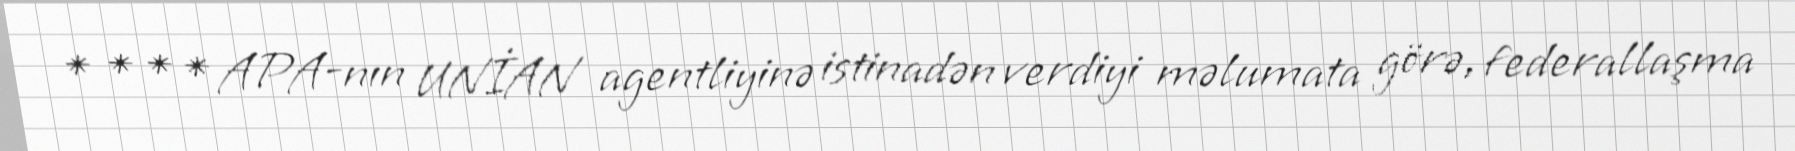
* * * * APA-nın UNİAN agentliyinə istinadən verdiyi məlumata görə, federallaşma